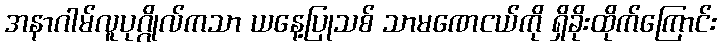
အနာဂါမ်လူပုဂ္ဂိုလ်ကသာ ယနေ့ပြုသစ် သာမဏေငယ်ကို ရှိခိုးထိုက်ကြောင်း